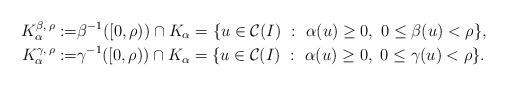
LaTeX: \begin{align*}K_\alpha ^{\beta,\,\rho}:= & \beta^{-1}([0,\rho))\cap K_\alpha =\{u\in\mathcal{C}(I)\ :\ \alpha (u)\ge0,\ 0\le\beta(u)<\rho\},\\K_\alpha ^{\gamma,\,\rho}:= & \gamma^{-1}([0,\rho))\cap K_\alpha =\{u\in\mathcal{C}(I)\ :\ \alpha (u)\ge0,\ 0\le\gamma(u)<\rho\}.\end{align*}